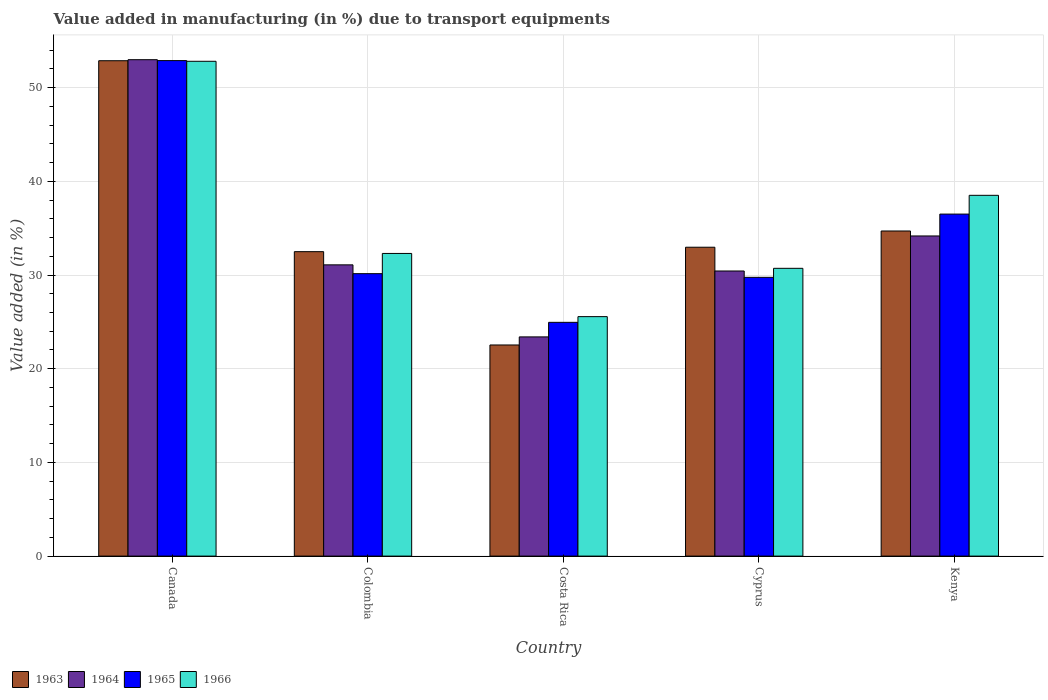
| Country | 1963 | 1964 | 1965 | 1966 |
 | --- | --- | --- | --- | --- |
 | Canada | 52.9 | 53 | 52.9 | 52.8 |
 | Colombia | 32.5 | 31.1 | 30.1 | 32.3 |
 | Costa Rica | 22.5 | 23.4 | 25 | 25.6 |
 | Cyprus | 33 | 30.4 | 29.8 | 30.7 |
 | Kenya | 34.7 | 34.2 | 36.5 | 38.5 |